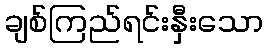
ချစ်ကြည်ရင်းနှီးသော